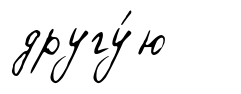
другу́ю